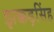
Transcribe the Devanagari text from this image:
झक्कड़सिंह